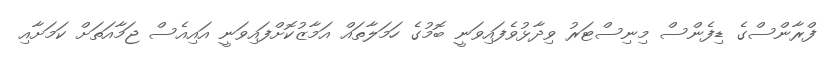
ފްރާންސްގެ ޑިފެންސް މިނިސްޓަރު ވިދާޅުވެފައިވަނީ ބޮމުގެ ހަމަލާތައް އަމާޒުކޮށްފައިވަނީ އައިއެސް ޖަމާއަތަށް ކަމަށާއި